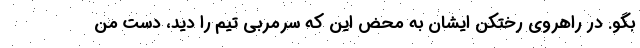
بگو. در راهروی رختکن ایشان به محض این که سرمربی تیم را دید، دست من